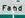
fahd